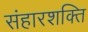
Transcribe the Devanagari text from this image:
संहारशक्ति